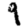
Digit: 9